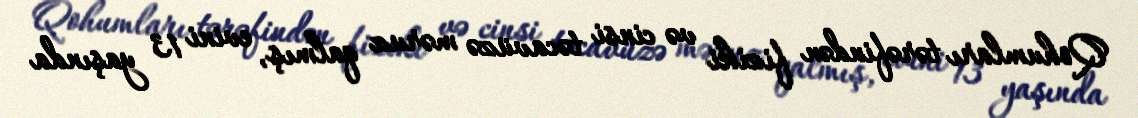
Qohumları tərəfindən fiziki və cinsi təcavüzə məruz qalmış, evini 13 yaşında